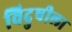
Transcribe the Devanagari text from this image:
विदुषीला